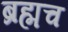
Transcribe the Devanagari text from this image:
ब्रह्मच